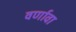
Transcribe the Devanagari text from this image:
वर्णावा